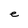
Character: e